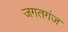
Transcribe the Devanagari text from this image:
जगतगंज